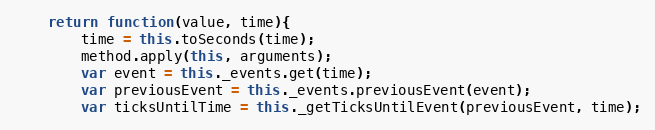
Language: JavaScript
	return function(value, time){
		time = this.toSeconds(time);
		method.apply(this, arguments);
		var event = this._events.get(time);
		var previousEvent = this._events.previousEvent(event);
		var ticksUntilTime = this._getTicksUntilEvent(previousEvent, time);